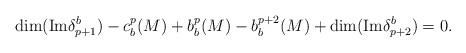
LaTeX: \begin{align*}\dim({\rm Im}\delta^b_{p+1})-c_b^p(M)+b_b^p(M)-b_b^{p+2}(M)+\dim({\rm Im}\delta^b_{p+2})=0.\end{align*}